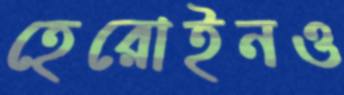
হেরোইনও